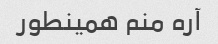
آره منم همینطور